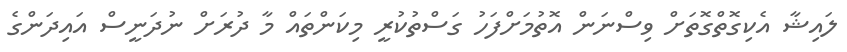
ލައިޝާ އެކިގޮތްގޮތަށް ވިސްނަން އޮތުމަށްފަހު ގަސްތުކުރީ މިކަންތައް މާ ދުރަށް ނުދަނީސް އައިދަންގެ